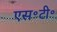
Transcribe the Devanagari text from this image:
एस॰टी॰